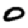
Digit: 0